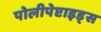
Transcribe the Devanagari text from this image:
पोलीपेप्टाइड्स